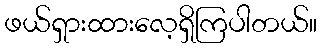
ဖယ်ရှားထားလေ့ရှိကြပါတယ်။